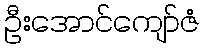
ဦးအောင်ကျော်ဇံ